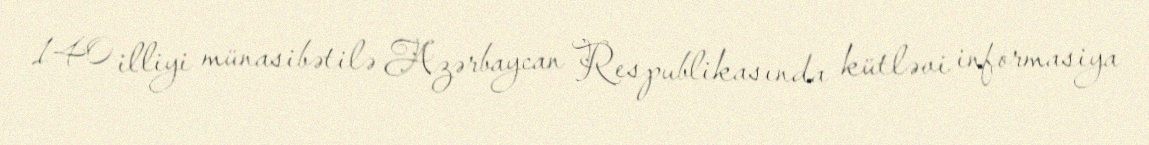
140 illiyi münasibətilə Azərbaycan Respublikasında kütləvi informasiya